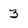
Character: 3